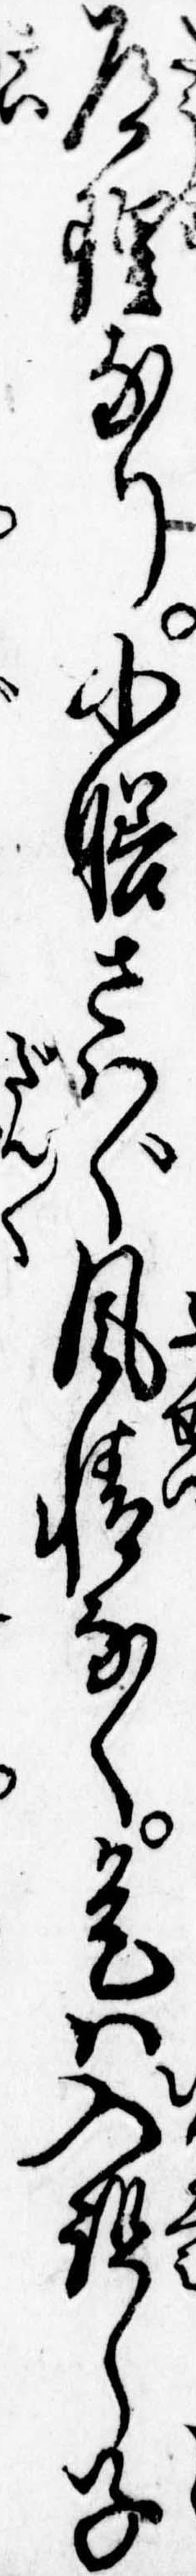
道理なり小膳さはぐ風情なく是は入組し子